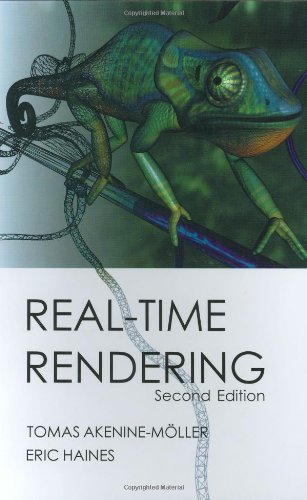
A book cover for Real-Time Rendering, Second Edition; Tomas Akenine-Moller; Computers & Technology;